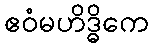
ဧဝံမဟိဒ္ဓိကေ